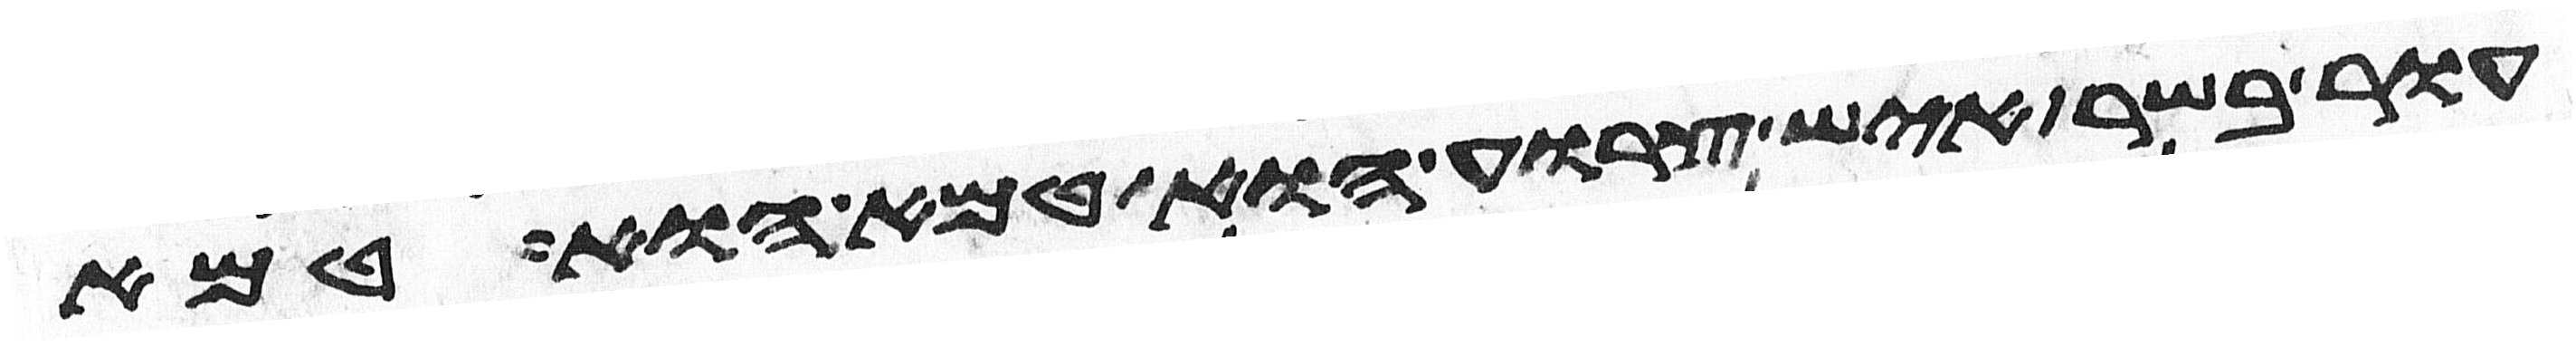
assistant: עור בשר איש צרוע הוא טמא הוא טמא